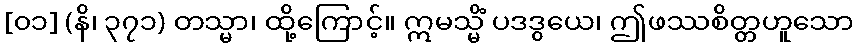
[၀၁] (နိ၊ ၃၇၁) တသ္မာ၊ ထို့ကြောင့်။ ဣမသ္မိံ ပဒဒွယေ၊ ဤဖဿစိတ္တဟူသော